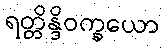
ရတ္တိန္ဒိဝက္ခယော